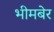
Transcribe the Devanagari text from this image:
भीमबेर